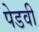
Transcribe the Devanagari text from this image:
पेडवी